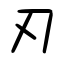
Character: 刃